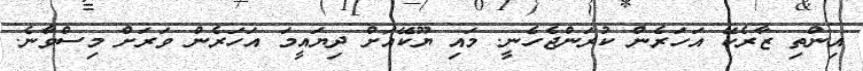
އިންތި ޒާރެކޭ އަހަރެން ކުރަންޖެހެނީ. މައި ޔޫކޭއަށް ދިޔައީމަ އަހަރެން ވަރަށް މިސްވާނެ.